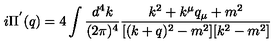
i \Pi ^ { ' } ( q ) = 4 \int \frac { d ^ { 4 } k } { ( 2 \pi ) ^ { 4 } } \frac { k ^ { 2 } + k ^ { \mu } q _ { \mu } + m ^ { 2 } } { [ ( k + q ) ^ { 2 } - m ^ { 2 } ] [ k ^ { 2 } - m ^ { 2 } ] }